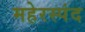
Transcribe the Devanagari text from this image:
महेरस्पंद